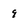
Character: 9